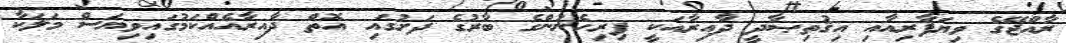
ރާއްޖޭގެ ވިޔަފާރިއާއި އިޤުތިޞާދީ ދާއިރާއަކީ ފިރިހެނުންގެ ބާރުގެ ދަށުގައި އޮތް ދާއިރާއެއްކަމުގައިވިޔަސް މަލަކާ